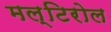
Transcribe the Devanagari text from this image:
मल्टिरोल